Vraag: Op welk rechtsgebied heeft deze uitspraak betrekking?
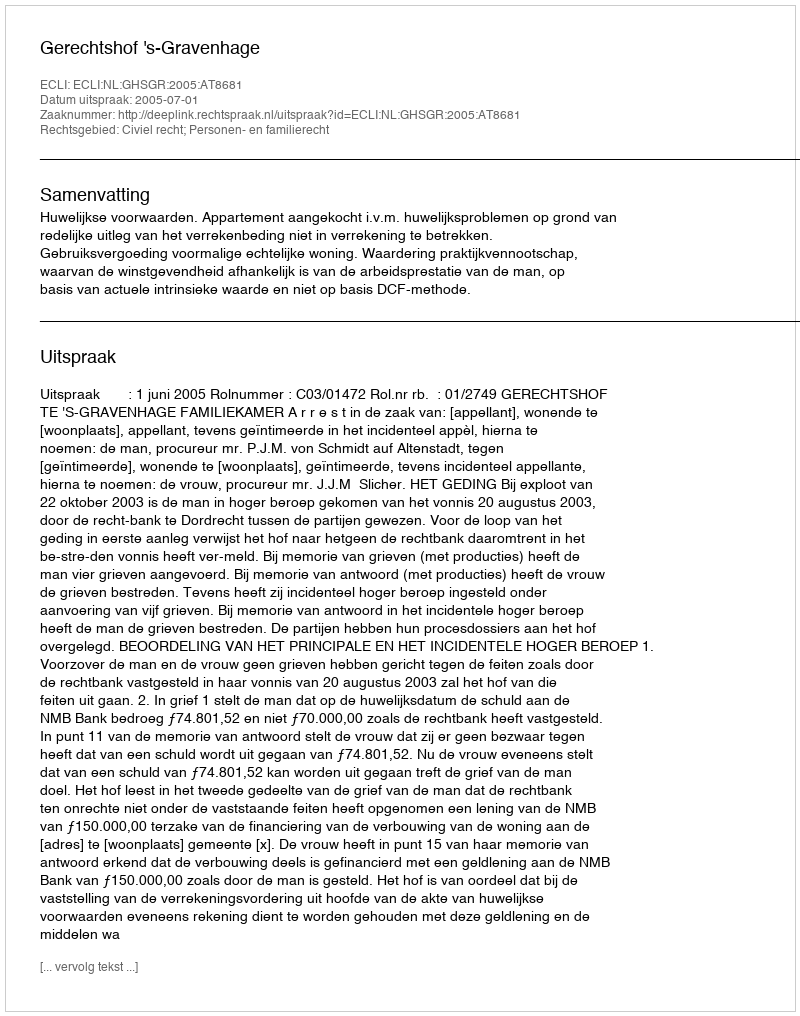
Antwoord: Civiel recht; Personen- en familierecht